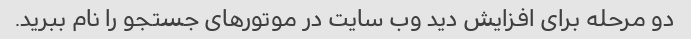
دو مرحله برای افزایش دید وب سایت در موتورهای جستجو را نام ببرید.